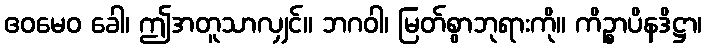
ဧဝမေဝ ခေါ၊ ဤအတူသာလျှင်။ ဘဂဝါ၊ မြတ်စွာဘုရားကို။ ကိဉ္စာပိနဒိဋ္ဌာ၊